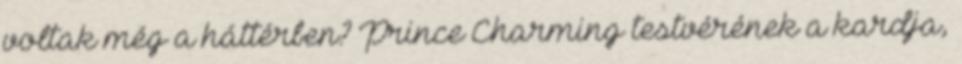
voltak még a háttérben? Prince Charming testvérének a kardja,